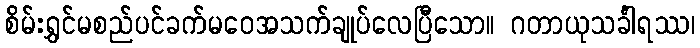
စိမ်းရွှင်မစည်ပင်ခက်မဝေအသက်ချုပ်လေပြီသော။ ဂတာယုသင်္ခါရဿ၊